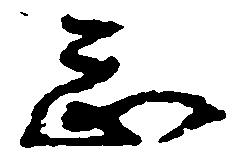
怠